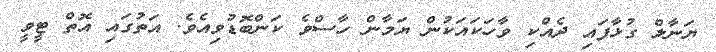
ޔަނާލް ގުޅާފައި ދެއްކި ވާހަކައަކުން ޔަމާން ހާސްވެ ކަންބޮޑުވިއެވެ. އަތުގައި އޮތް ޓީވީ